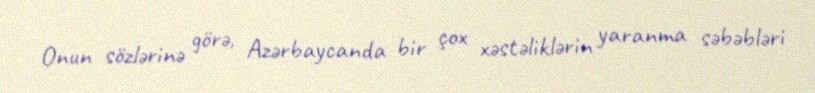
Onun sözlərinə görə, Azərbaycanda bir çox xəstəliklərin yaranma səbəbləri